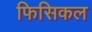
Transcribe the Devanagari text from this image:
फिसिकल